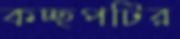
কচ্ছপটির